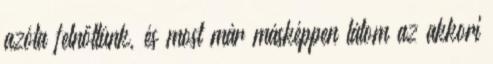
azóta felnőttünk, és most már másképpen látom az akkori